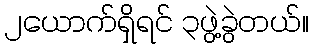
၂ယောက်ရှိရင် ၃ဖွဲ့ခွဲတယ်။